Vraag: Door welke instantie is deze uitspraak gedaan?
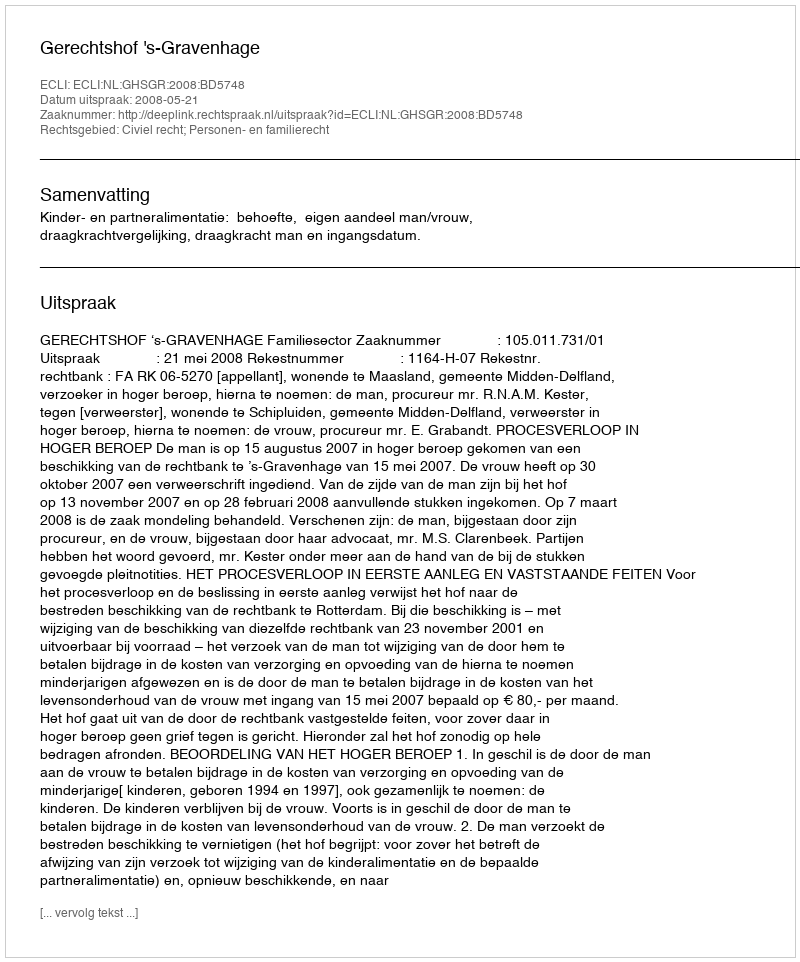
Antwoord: Gerechtshof 's-Gravenhage